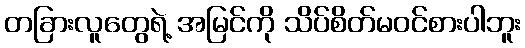
တခြားလူတွေရဲ့ အမြင်ကို သိပ်စိတ်မဝင်စားပါဘူး